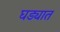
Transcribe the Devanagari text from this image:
घड्यात